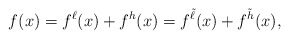
\begin{align*} f(x) = f^\ell(x) + f^{h}(x) = f^{\tilde{\ell}}(x) + f^{\tilde{h}}(x), \end{align*}